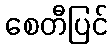
စေတီပြင်